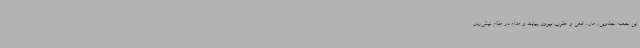
این جعبه جادویی، مار، افعی و عقرب بیرون بیایند و مدام در مقام نیش‌زدن